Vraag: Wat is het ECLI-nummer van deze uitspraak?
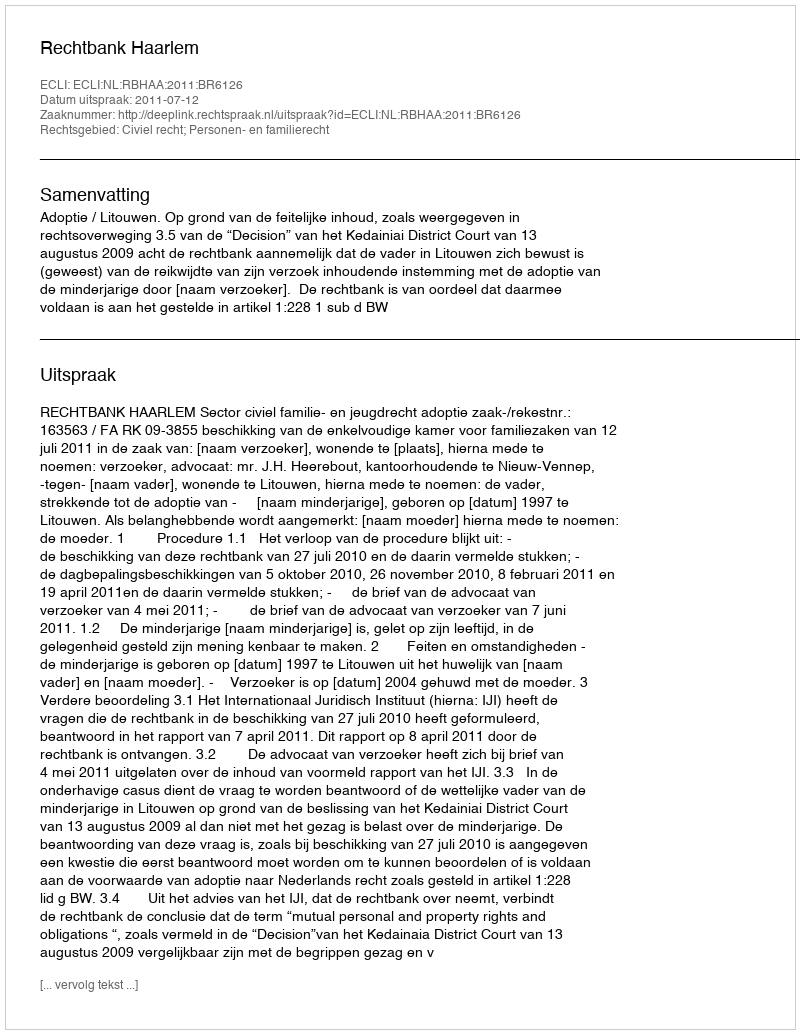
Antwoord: ECLI:NL:RBHAA:2011:BR6126